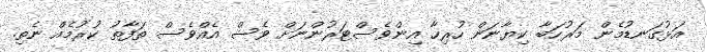
އަޅުގަނޑުމެން މަރުހަބާ ކިޔާނަން ހުރިހާ އިންވެސްޓަރުންނަށް ވެސް އެއްވެސް ތަފާތު ކުރުމެއް ނެތި.